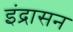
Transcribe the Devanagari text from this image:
इंद्रासन